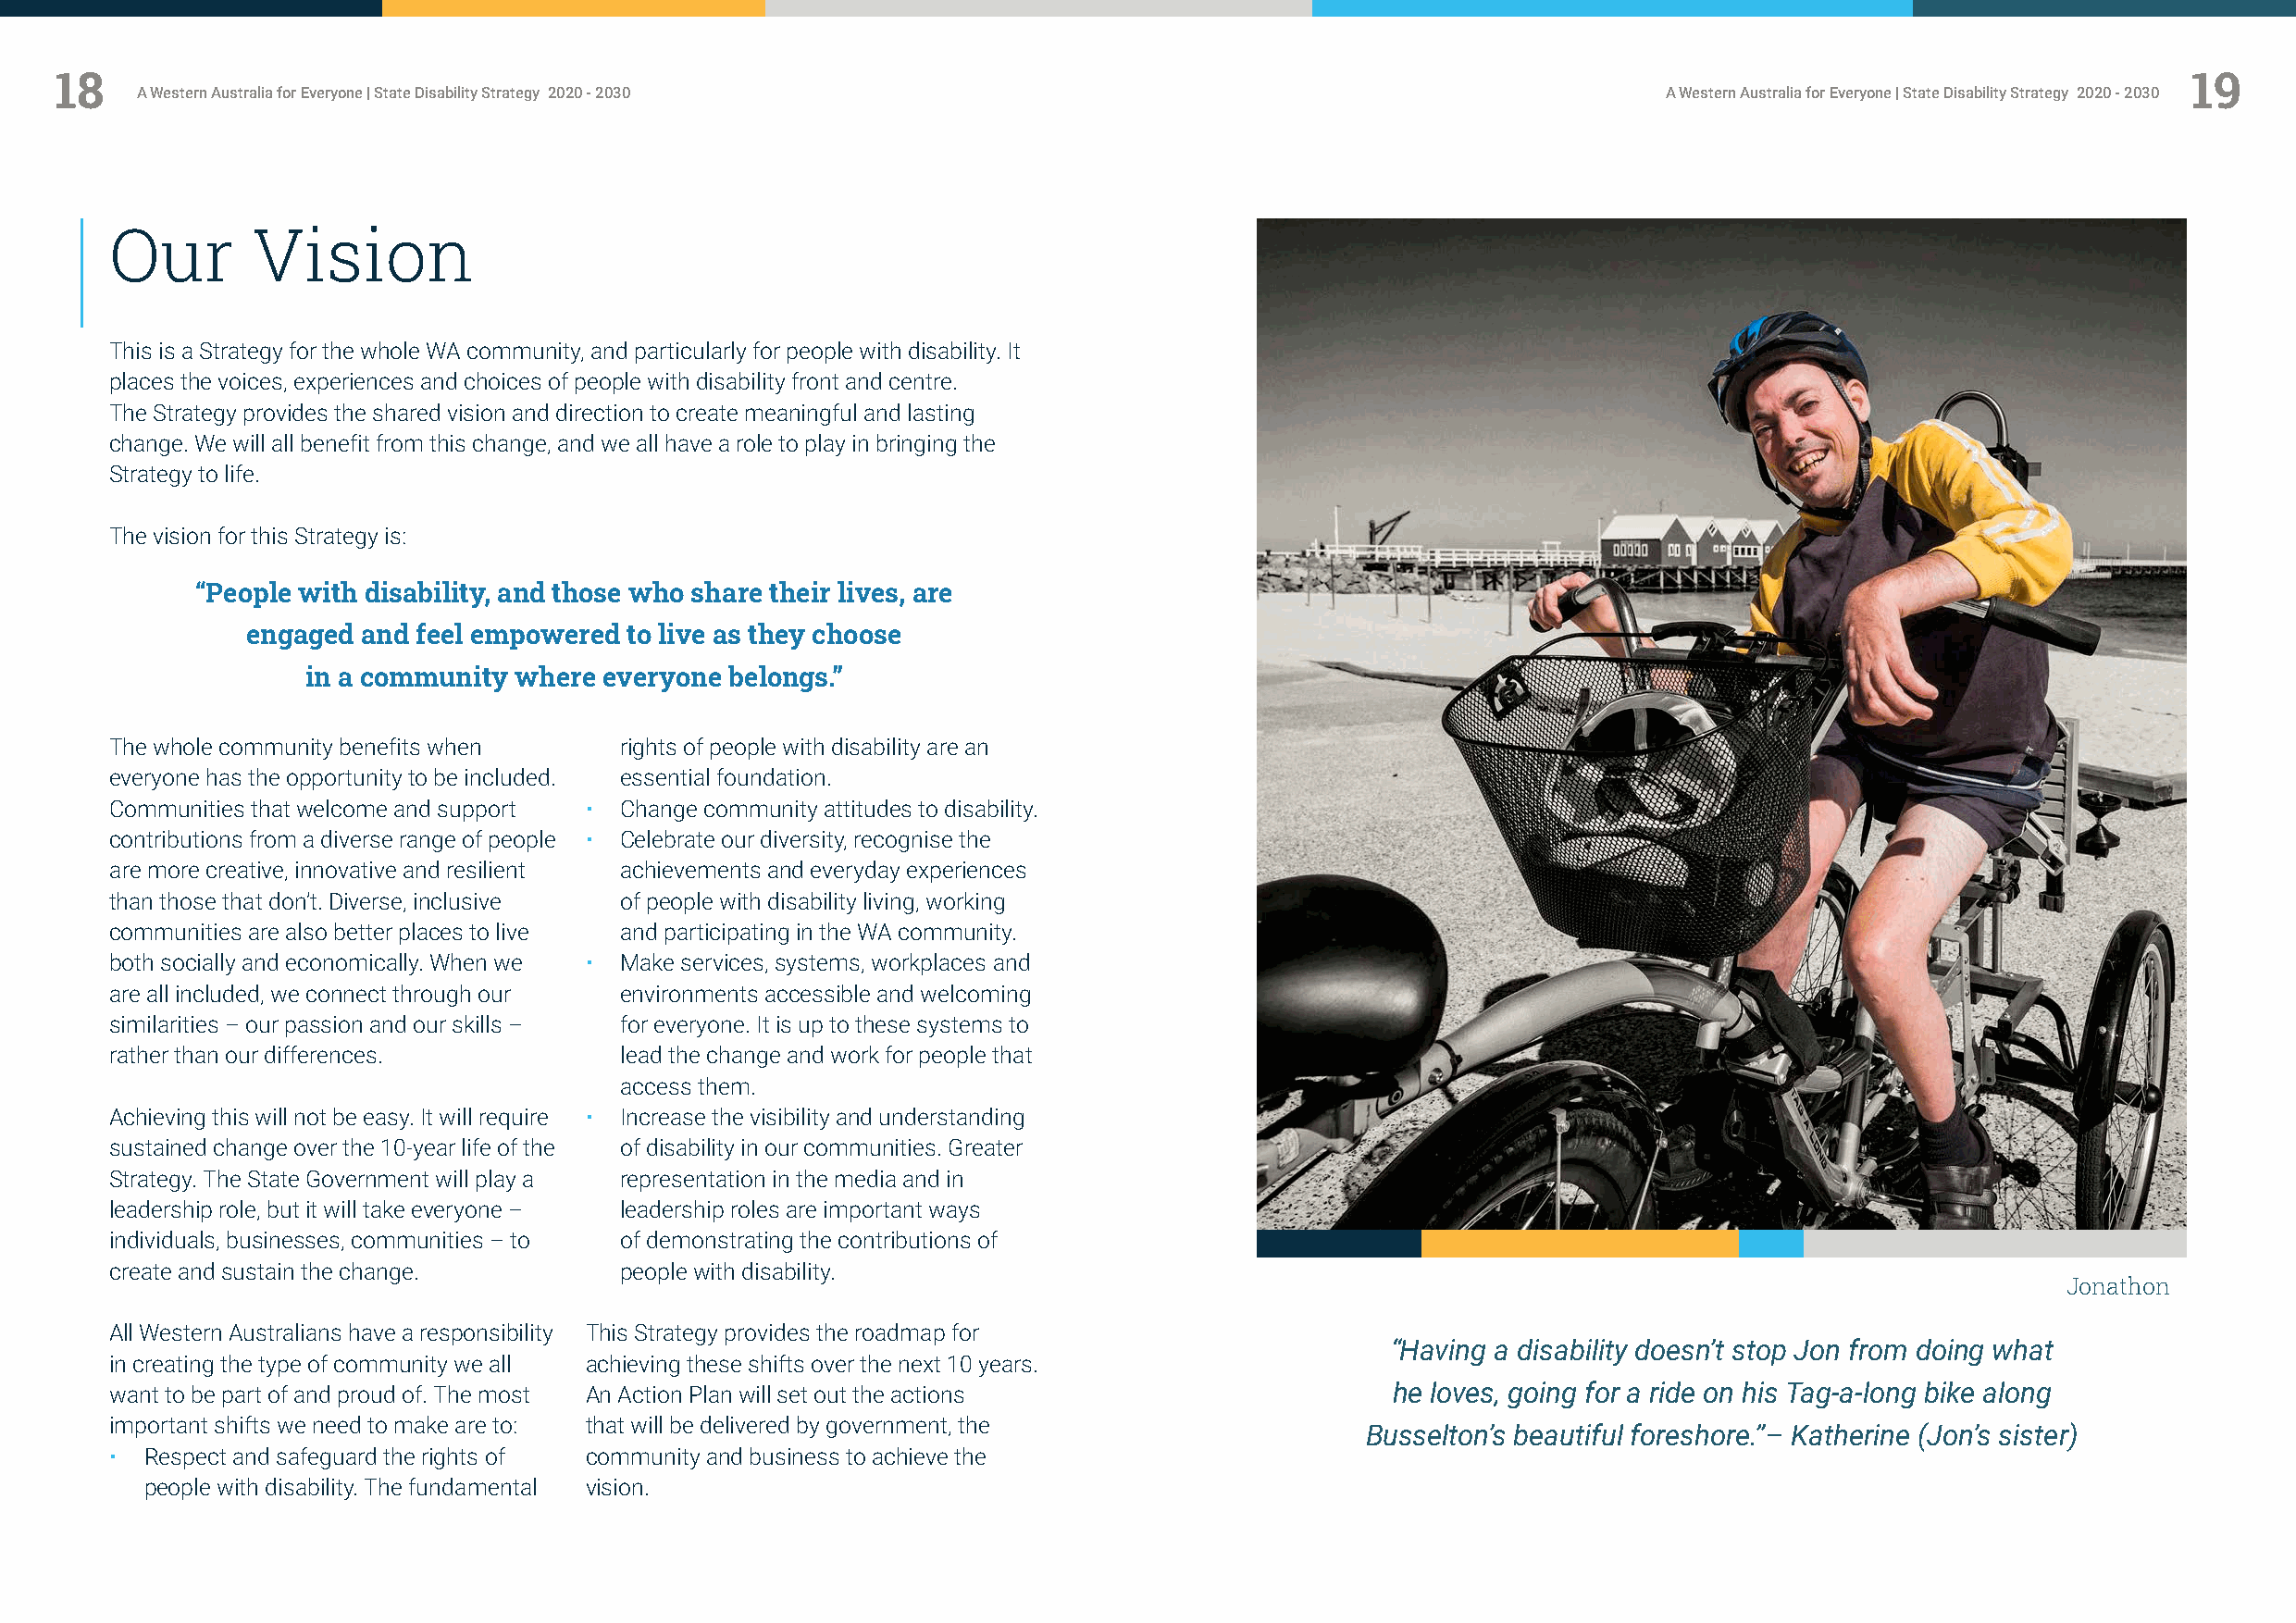
18                                                                                                                                                       19
 A Western Australia for Everyone | State Disability Strategy 2020 - 2030                                     A Western Australia for Everyone | State Disability Strategy 2020 - 2030
 Our       Vision
 This is a Strategy for the whole WA community, and particularly for people with disability. It
 places the voices, experiences and choices of people with disability front and centre.
 The Strategy provides the shared vision and direction to create meaningful and lasting
 change. We will all benefit from this change, and we all have a role to play in bringing the
 Strategy to life.
 The vision for this Strategy is:
 “People with disability, and those who share their lives, are
 engaged and feel empowered to live as they choose
 in a community where everyone belongs.”
 The whole community benefits when   rights of people with disability are an
 everyone has the opportunity to be included. essential foundation.
 Communities that welcome and support • Change community attitudes to disability.
 contributions from a diverse range of people • Celebrate our diversity, recognise the
 are more creative, innovative and resilient achievements and everyday experiences
 than those that don’t. Diverse, inclusive of people with disability living, working
 communities are also better places to live and participating in the WA community.
 both socially and economically. When we • Make services, systems, workplaces and
 are all included, we connect through our environments accessible and welcoming
 similarities – our passion and our skills – for everyone. It is up to these systems to
 rather than our differences.        lead the change and work for people that
 access them.
 Achieving this will not be easy. It will require • Increase the visibility and understanding
 sustained change over the 10-year life of the of disability in our communities. Greater
 Strategy. The State Government will play a representation in the media and in
 leadership role, but it will take everyone – leadership roles are important ways
 individuals, businesses, communities – to of demonstrating the contributions of
 create and sustain the change.      people with disability.
 Jonathon
 All Western Australians have a responsibility This Strategy provides the roadmap for
 “Having a disability doesn’t stop Jon from doing what
 in creating the type of community we all achieving these shifts over the next 10 years.
 want to be part of and proud of. The most An Action Plan will set out the actions           he loves, going for a ride on his Tag-a-long bike along
 important shifts we need to make are to: that will be delivered by government, the
 Busselton’s beautiful foreshore.”– Katherine (Jon’s sister)
 • Respect and safeguard the rights of community and business to achieve the
 people with disability. The fundamental vision.